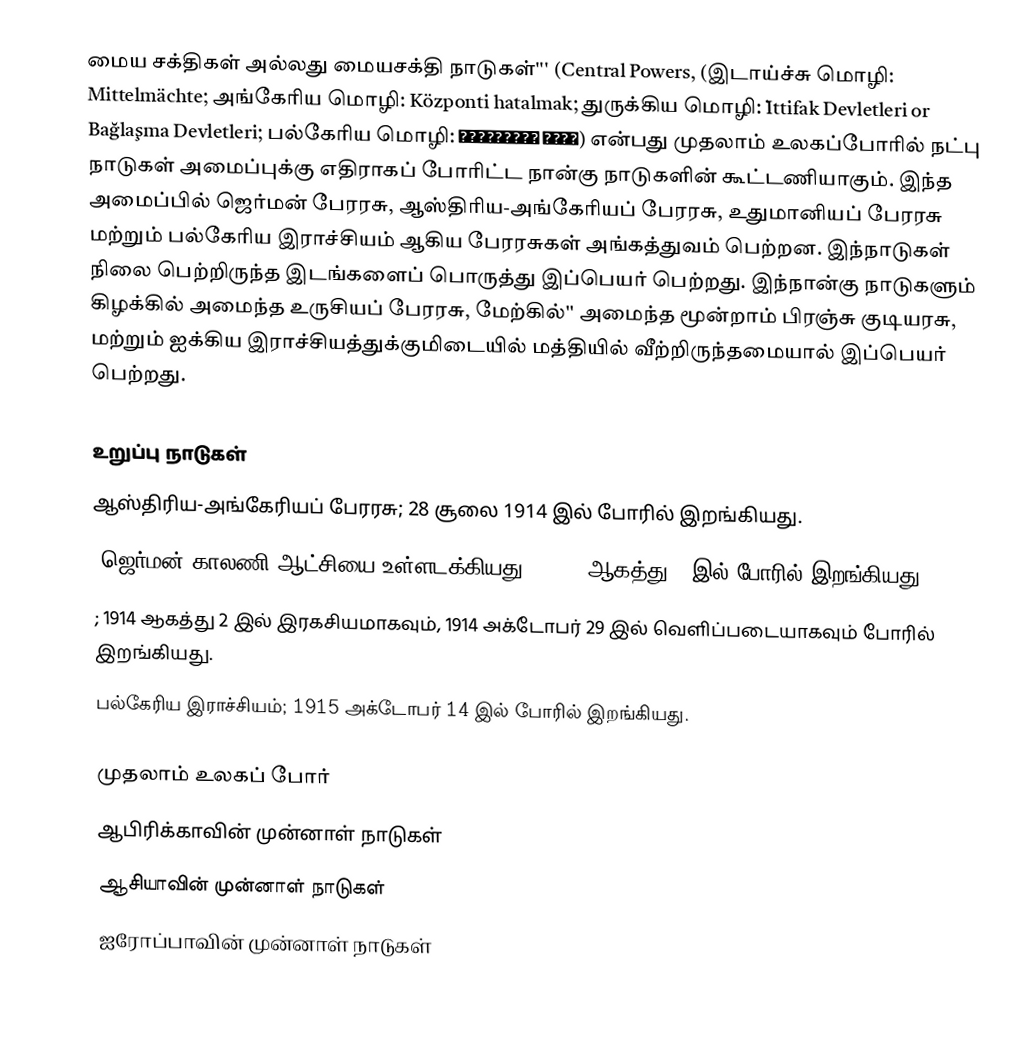
மைய சக்திகள் அல்லது மையசக்தி நாடுகள்''' (Central Powers, (இடாய்ச்சு மொழி: Mittelmächte; அங்கேரிய மொழி: Központi hatalmak; துருக்கிய மொழி: İttifak Devletleri or Bağlaşma Devletleri; பல்கேரிய மொழி: Централни сили) என்பது முதலாம் உலகப்போரில் நட்பு நாடுகள் அமைப்புக்கு எதிராகப் போரிட்ட நான்கு நாடுகளின் கூட்டணியாகும். இந்த அமைப்பில் ஜெர்மன் பேரரசு, ஆஸ்திரிய-அங்கேரியப் பேரரசு, உதுமானியப் பேரரசு மற்றும் பல்கேரிய இராச்சியம் ஆகிய பேரரசுகள் அங்கத்துவம் பெற்றன. இந்நாடுகள் நிலை பெற்றிருந்த இடங்களைப் பொருத்து இப்பெயர் பெற்றது. இந்நான்கு நாடுகளும் கிழக்கில் அமைந்த உருசியப் பேரரசு, மேற்கில்'' அமைந்த மூன்றாம் பிரஞ்சு குடியரசு, மற்றும் ஐக்கிய இராச்சியத்துக்குமிடையில் மத்தியில் வீற்றிருந்தமையால் இப்பெயர் பெற்றது.

உறுப்பு நாடுகள்
  ஆஸ்திரிய-அங்கேரியப் பேரரசு; 28 சூலை 1914 இல் போரில் இறங்கியது.
  (ஜெர்மன் காலணி ஆட்சியை உள்ளடக்கியது); 1914 ஆகத்து 1 இல் போரில் இறங்கியது.
 ; 1914 ஆகத்து 2 இல் இரகசியமாகவும், 1914 அக்டோபர் 29 இல் வெளிப்படையாகவும் போரில் இறங்கியது.
  பல்கேரிய இராச்சியம்; 1915 அக்டோபர் 14 இல் போரில் இறங்கியது.

முதலாம் உலகப் போர்
ஆபிரிக்காவின் முன்னாள் நாடுகள்
ஆசியாவின் முன்னாள் நாடுகள்
ஐரோப்பாவின் முன்னாள் நாடுகள்